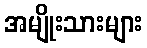
အမျိုးသားများ